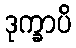
ဒုက္ခာပိ